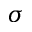
\sigma